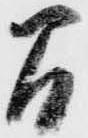
間